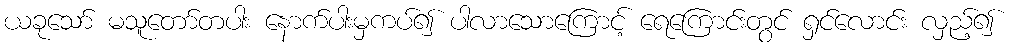
ယခုသော် မသူတော်တပါး နောက်ပါးမှကပ်၍ ပါလာသောကြောင့် ရေကြောင်းတွင် ရှင်လောင်း လှည့်၍